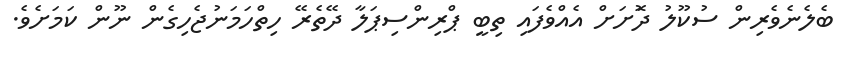
ބެލެނެވެރިން ސުކޫލު ދޮަށަށް އެއްވެފައި ތިބީ ޕްރިންސިޕަލާ ދޭތެރޭ ހިތްހަމަނުޖެހިގެން ނޫން ކަމަށެވެ.